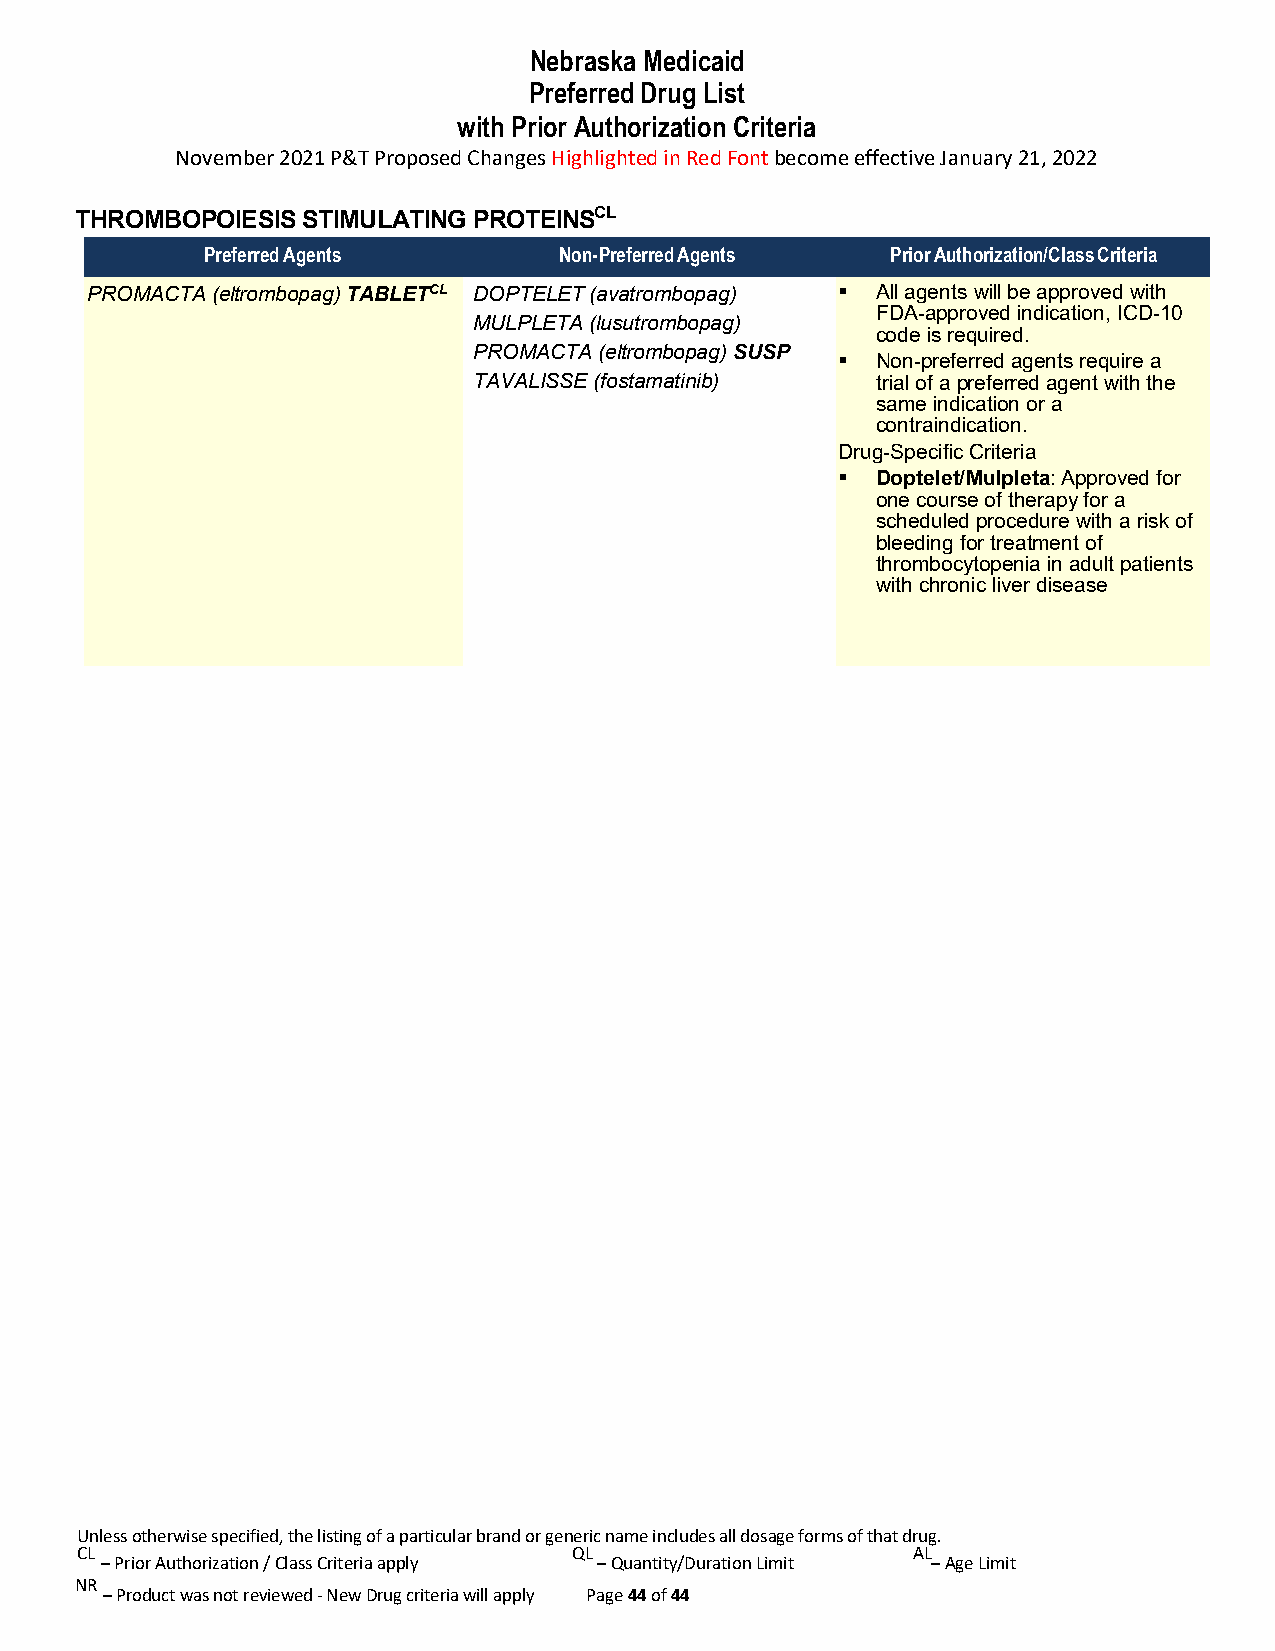
Nebraska Medicaid
 Preferred Drug List
 with Prior Authorization Criteria
 November 2021 P&T Proposed Changes Highlighted in Red Font become effective January 21, 2022
 THROMBOPOIESIS STIMULATING PROTEINSCL
 Preferred Agents        Non-Preferred Agents  Prior Authorization/Class Criteria
 PROMACTA (eltrombopag) TABLETCL DOPTELET (avatrombopag)  All agents will be approved with
 FDA-approved indication, ICD-10
 MULPLETA (lusutrombopag)
 code is required.
 PROMACTA (eltrombopag) SUSP  Non-preferred agents require a
 TAVALISSE (fostamatinib)   trial of a preferred agent with the
 same indication or a
 contraindication.
 Drug-Specific Criteria
  Doptelet/Mulpleta: Approved for
 one course of therapy for a
 scheduled procedure with a risk of
 bleeding for treatment of
 thrombocytopenia in adult patients
 with chronic liver disease
 Unless otherwise specified, the listing of a particular brand or generic name includes all dosage forms of that drug.
 CL                               QL                    AL
 – Prior Authorization / Class Criteria apply – Quantity/Duration Limit – Age Limit
 NR
 – Product was not reviewed - New Drug criteria will apply Page 44 of 44